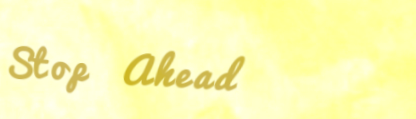
Stop Ahead